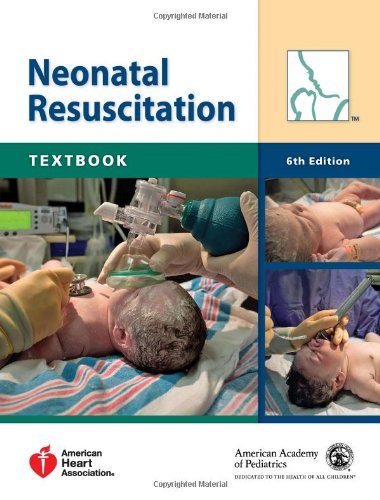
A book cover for Textbook of Neonatal Resuscitation (NRP); American Academy of Pediatrics; Medical Books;